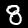
Digit: 8